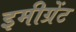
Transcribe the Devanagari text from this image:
इमीग्रेंट